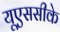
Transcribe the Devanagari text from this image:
यूएससीके